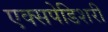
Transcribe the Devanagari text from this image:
एक्सपेडिशरी